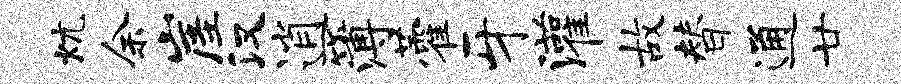
炕余崖汉逍簿藿牙灌故替通廿